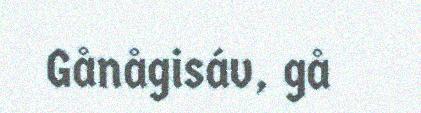
Gånågisáv, gå